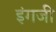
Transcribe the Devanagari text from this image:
इंगजी